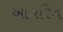
આવરિત